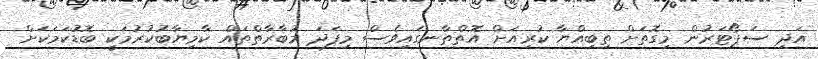
އަދި ސަޕޯޓަރުން މިގޮތަށް ތިބިއްޔާ ކުރިއަށް އޮތްތާނގައިވެސް މިފަދަ މުބާރާތްތައް ކާމިޔާބުކުރުމަކީ ބޮޑުކަމަކަށް